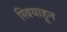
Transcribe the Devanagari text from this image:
स्त्रियाहून